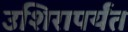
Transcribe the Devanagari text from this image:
उशिरापर्यंत